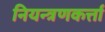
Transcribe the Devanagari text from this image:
नियन्त्रणकर्त्ता